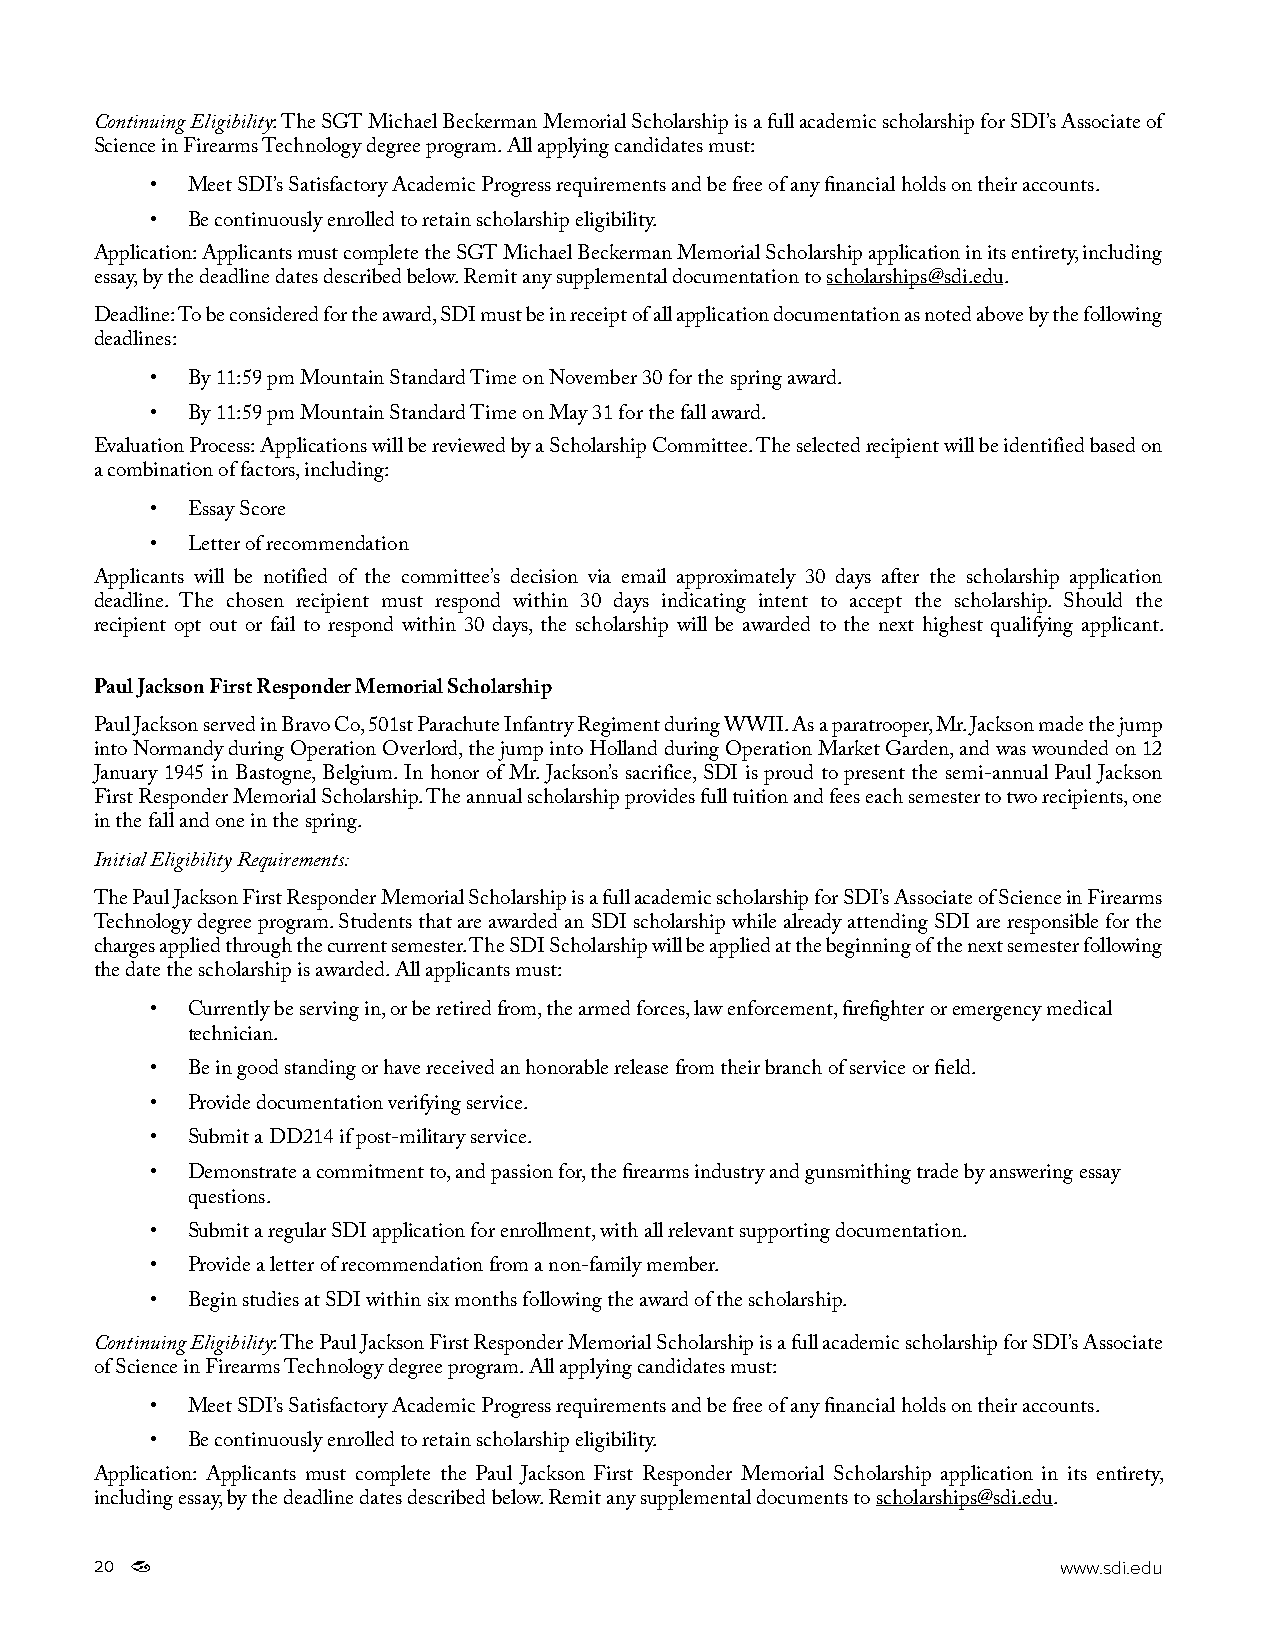
Continuing Eligibility: The SGT Michael Beckerman Memorial Scholarship is a full academic scholarship for SDI’s Associate of
 Science in Firearms Technology degree program. All applying candidates must:
 • Meet SDI’s Satisfactory Academic Progress requirements and be free of any financial holds on their accounts.
 • Be continuously enrolled to retain scholarship eligibility.
 Application: Applicants must complete the SGT Michael Beckerman Memorial Scholarship application in its entirety, including
 essay, by the deadline dates described below. Remit any supplemental documentation to scholarships@sdi.edu.
 Deadline: To be considered for the award, SDI must be in receipt of all application documentation as noted above by the following
 deadlines:
 • By 11:59 pm Mountain Standard Time on November 30 for the spring award.
 • By 11:59 pm Mountain Standard Time on May 31 for the fall award.
 Evaluation Process: Applications will be reviewed by a Scholarship Committee. The selected recipient will be identified based on
 a combination of factors, including:
 • Essay Score
 • Letter of recommendation
 Applicants will be notified of the committee’s decision via email approximately 30 days after the scholarship application
 deadline. The chosen recipient must respond within 30 days indicating intent to accept the scholarship. Should the
 recipient opt out or fail to respond within 30 days, the scholarship will be awarded to the next highest qualifying applicant.
 Paul Jackson First Responder Memorial Scholarship
 Paul Jackson served in Bravo Co, 501st Parachute Infantry Regiment during WWII. As a paratrooper, Mr. Jackson made the jump
 into Normandy during Operation Overlord, the jump into Holland during Operation Market Garden, and was wounded on 12
 January 1945 in Bastogne, Belgium. In honor of Mr. Jackson’s sacrifice, SDI is proud to present the semi-annual Paul Jackson
 First Responder Memorial Scholarship. The annual scholarship provides full tuition and fees each semester to two recipients, one
 in the fall and one in the spring.
 Initial Eligibility Requirements:
 The Paul Jackson First Responder Memorial Scholarship is a full academic scholarship for SDI’s Associate of Science in Firearms
 Technology degree program. Students that are awarded an SDI scholarship while already attending SDI are responsible for the
 charges applied through the current semester. The SDI Scholarship will be applied at the beginning of the next semester following
 the date the scholarship is awarded. All applicants must:
 • Currently be serving in, or be retired from, the armed forces, law enforcement, firefighter or emergency medical
 technician.
 • Be in good standing or have received an honorable release from their branch of service or field.
 • Provide documentation verifying service.
 • Submit a DD214 if post-military service.
 • Demonstrate a commitment to, and passion for, the firearms industry and gunsmithing trade by answering essay
 questions.
 • Submit a regular SDI application for enrollment, with all relevant supporting documentation.
 • Provide a letter of recommendation from a non-family member.
 • Begin studies at SDI within six months following the award of the scholarship.
 Continuing Eligibility: The Paul Jackson First Responder Memorial Scholarship is a full academic scholarship for SDI’s Associate
 of Science in Firearms Technology degree program. All applying candidates must:
 • Meet SDI’s Satisfactory Academic Progress requirements and be free of any financial holds on their accounts.
 • Be continuously enrolled to retain scholarship eligibility.
 Application: Applicants must complete the Paul Jackson First Responder Memorial Scholarship application in its entirety,
 including essay, by the deadline dates described below. Remit any supplemental documents to scholarships@sdi.edu.
 20                                                              www.sdi.edu